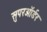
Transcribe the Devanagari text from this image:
सुपरऑर्डर